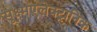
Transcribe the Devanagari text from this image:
सूक्ष्मएलेक्ट्रानिक